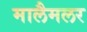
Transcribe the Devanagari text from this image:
मालैमलर